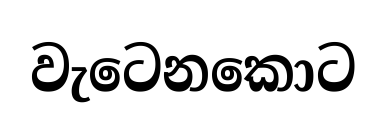
වැටෙනකොට